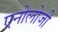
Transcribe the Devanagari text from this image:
एनोलोजी